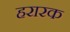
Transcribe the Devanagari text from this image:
हरारक